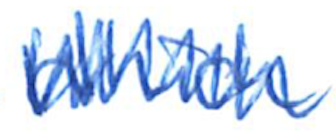
Text: which
Cross-out: zig-zag
Writing tool: ballpoint